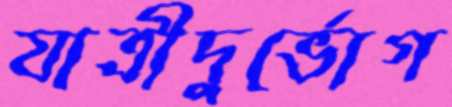
যাত্রীদুর্ভোগ